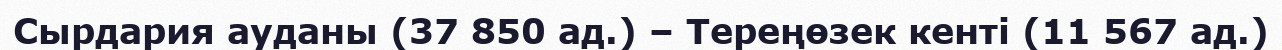
Сырдария ауданы (37 850 ад.) – Тереңөзек кенті (11 567 ад.)